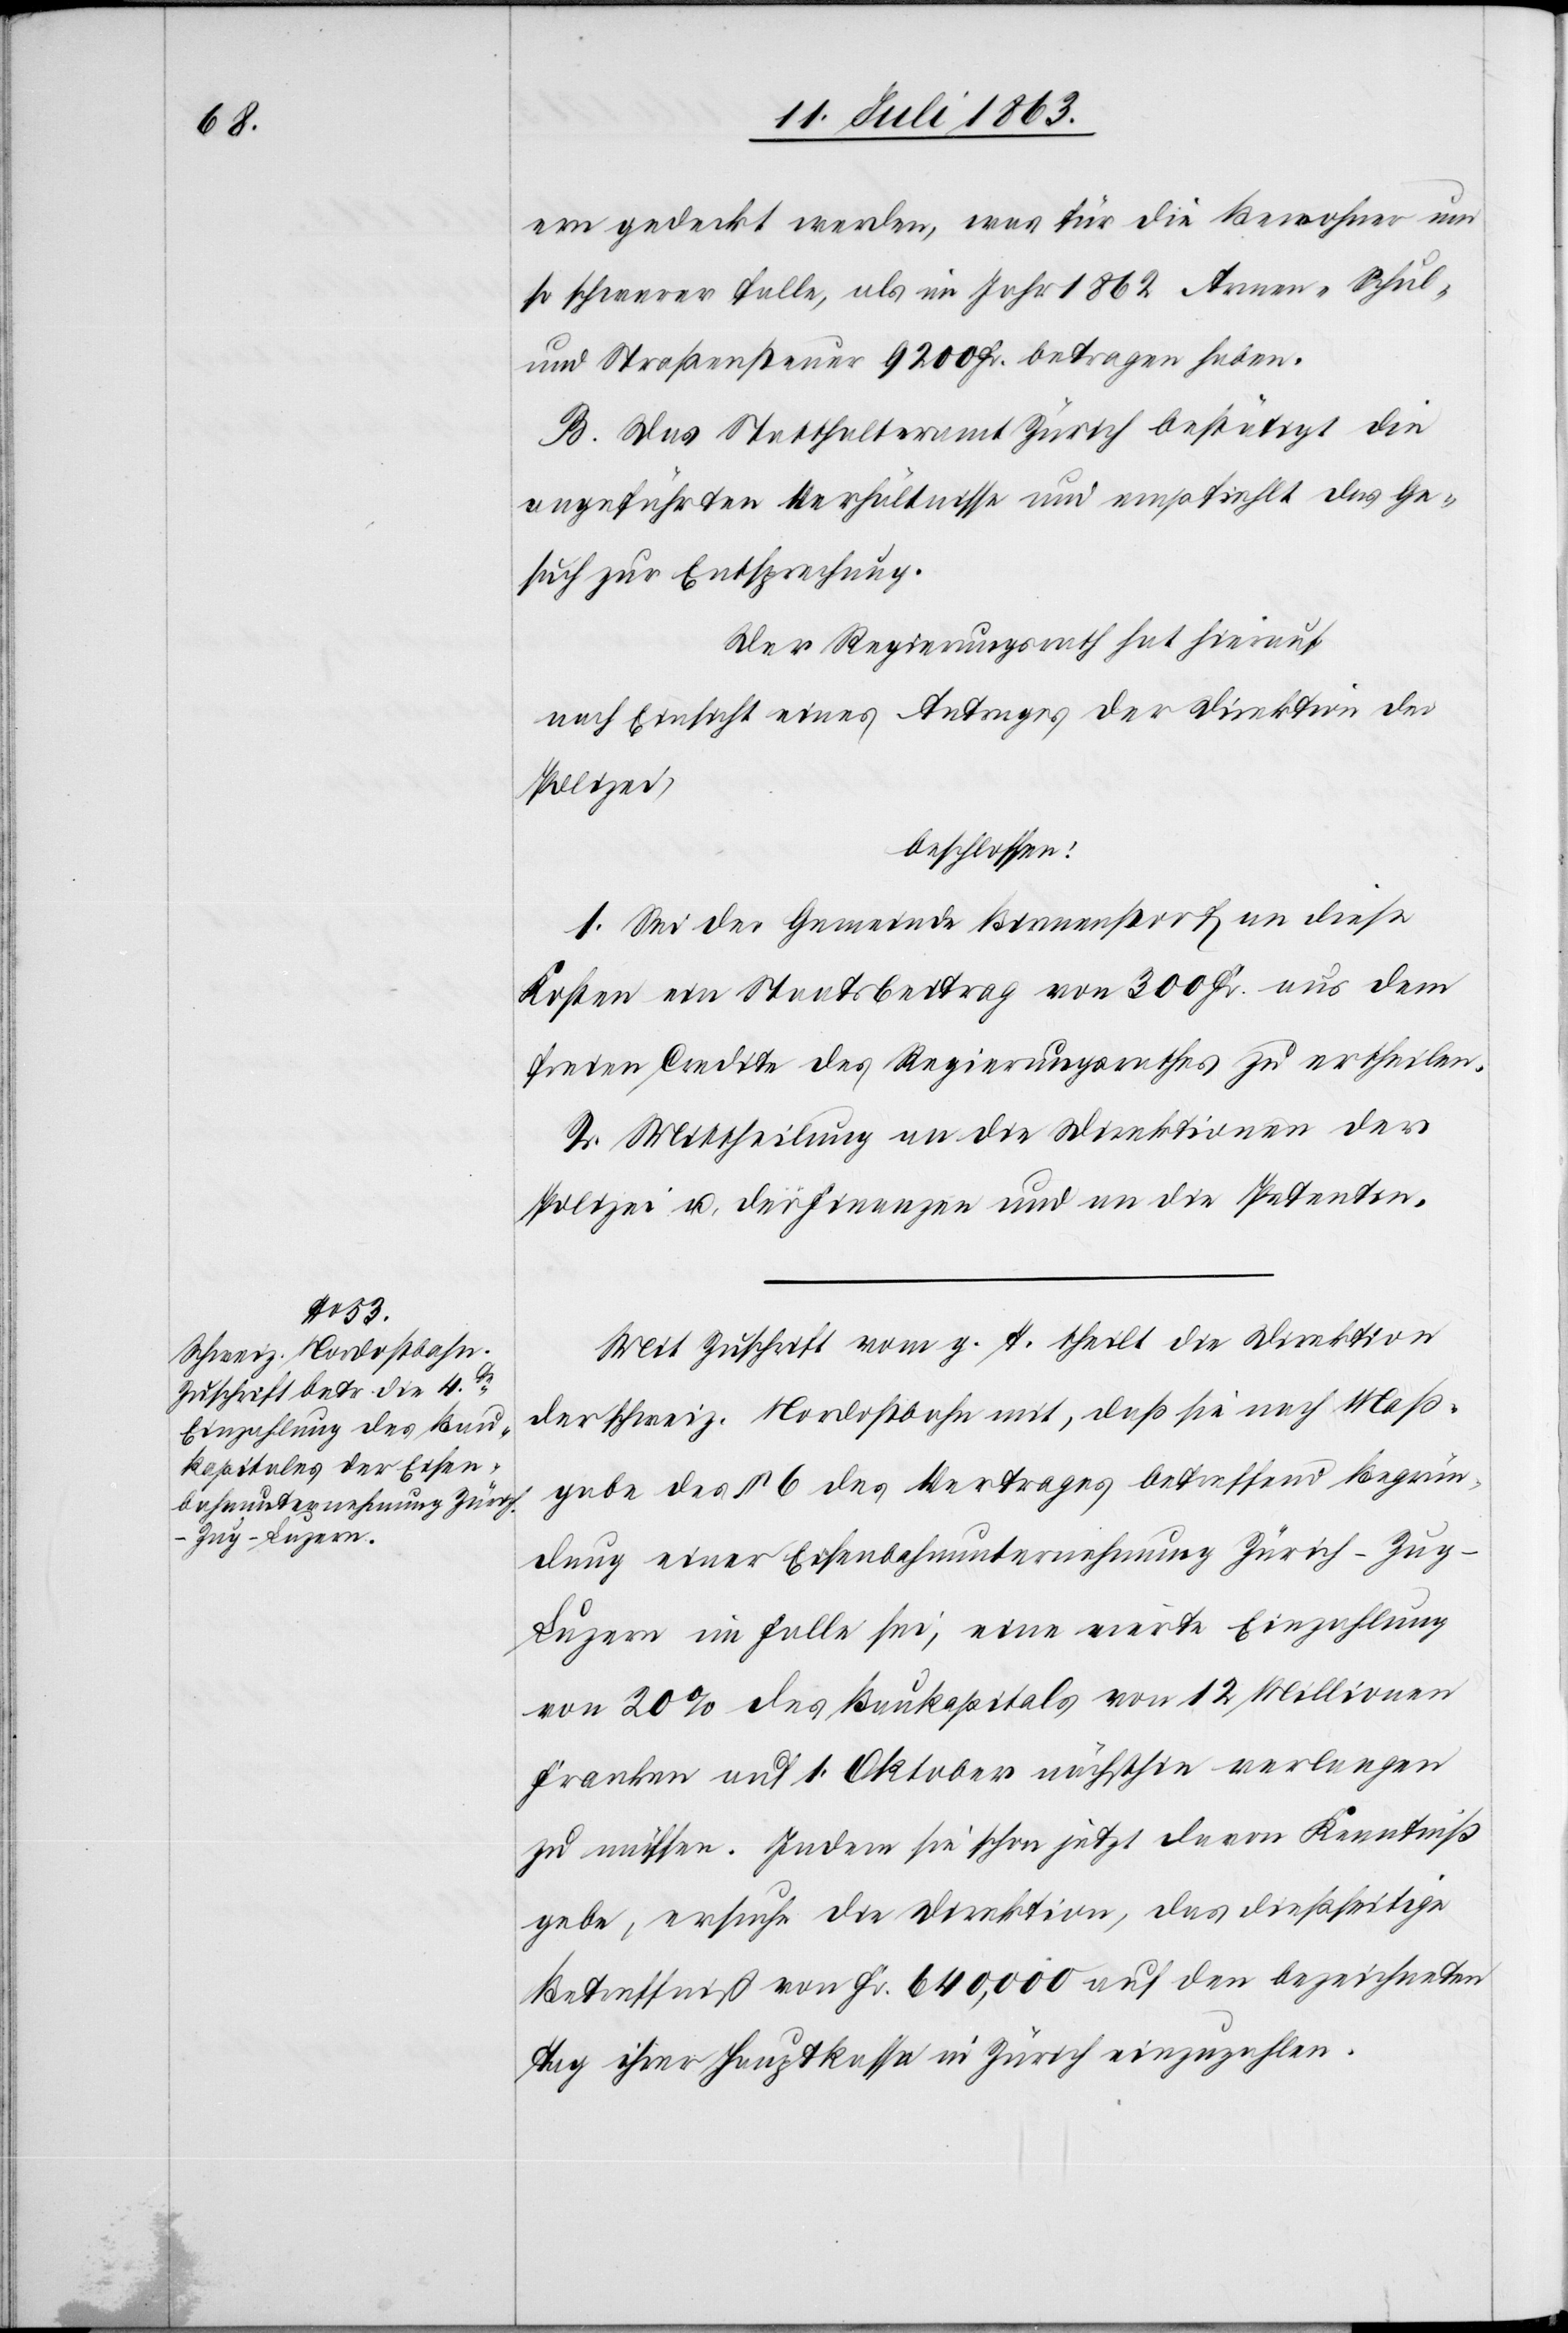
ern gedeckt werden, was für die Bewohner um
so schwerer falle, als im Jahr 1862 Armen-[,] Schul-
und Straßensteuer 9200 Fr. betragen haben.
B. Das Statthalteramt Zürich bestätigt die
angeführten Verhältnisse und empfiehlt das Ge¬
such zur Entsprechung.
Der Regierungsrath hat hierauf
nach Einsicht eines Antrages der Direktion der
Polizei,
beschlossen:
1. Sei der Gemeinde Birmenstorf an diese
Kosten ein Staatsbeitrag von 300 Fr. aus dem
freien Credite des Regierungsrathes zu ertheilen.
2. Mittheilung an die Direktionen der
Polizei u. der Finanzen und an die Petenten.
Mit Zuschrift vom g. T. theilt die Direktion
der schweiz. Nordostbahn mit, daß sie nach Maß¬
gabe des § 6 des Vertrages betreffend Begrün¬
dung einer Eisenbahnunternehmung Zürich–Zug–L¬
uzern im Falle sei, eine vierte Einzahlung
von 20% des Baukapitals von 12 Millionen
Franken auf 1. Oktober nächsthin verlangen
zu müssen. Indem sie schon jetzt davon Kenntniß
gebe, ersuche die Direktion, das dießseitige
Betreffniß von Fr. 640,000 auf den bezeichneten
Tag ihrer Hauptkassa in Zürich einzuzahlen.